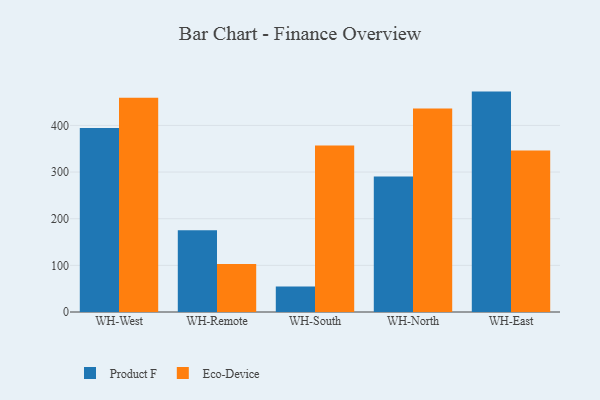
{"axis": {"x": "Warehouse", "y": "Revenue (USD Million)"}, "legend": ["Eco-Device", "Product F"], "data": [{"x": "WH-West", "y": 394.2, "type": "Product F"}, {"x": "WH-West", "y": 459.5, "type": "Eco-Device"}, {"x": "WH-Remote", "y": 175.3, "type": "Product F"}, {"x": "WH-Remote", "y": 102.9, "type": "Eco-Device"}, {"x": "WH-South", "y": 54.6, "type": "Product F"}, {"x": "WH-South", "y": 357.1, "type": "Eco-Device"}, {"x": "WH-North", "y": 290.4, "type": "Product F"}, {"x": "WH-North", "y": 436.2, "type": "Eco-Device"}, {"x": "WH-East", "y": 472.5, "type": "Product F"}, {"x": "WH-East", "y": 346.0, "type": "Eco-Device"}]}